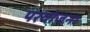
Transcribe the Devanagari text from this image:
परयोजना